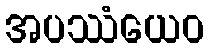
အပဿံယေဝ